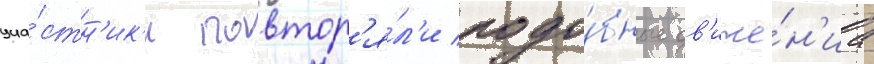
уча́стн'ик'и повтор'я́л'и подо́бные дв'иже́н'иа